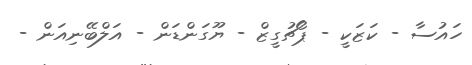
ހައުސާ - ކަޒަކީ - ޕޯޗުގީޒް - ޔޫގަންޑަން - އަލްބޭނިއަން -